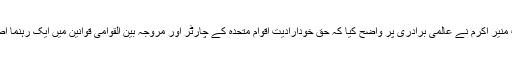
پاکستان کے مستقل مندوب منیر اکرم نے عالمی برادری پر واضح کیا کہ حق خودارادیت اقوام متحدہ کے چارٹر اور مروجہ بین القوامی قوانین میں ایک رہنما اصول کی حیثیت رکھتا ہے۔